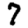
Digit: 7